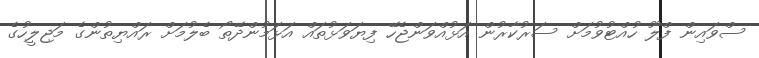
ސްވައިން ފްލޫ ހުއްޓުވުމަށް ސަރުކާރުން އަޅުއްވަންޖެހޭ ފިޔަވަޅުތައް އަޅަމުންދޭތޯ ބެލުމަށް ރައްޔިތުންގެ މަޖިލީހުގެ